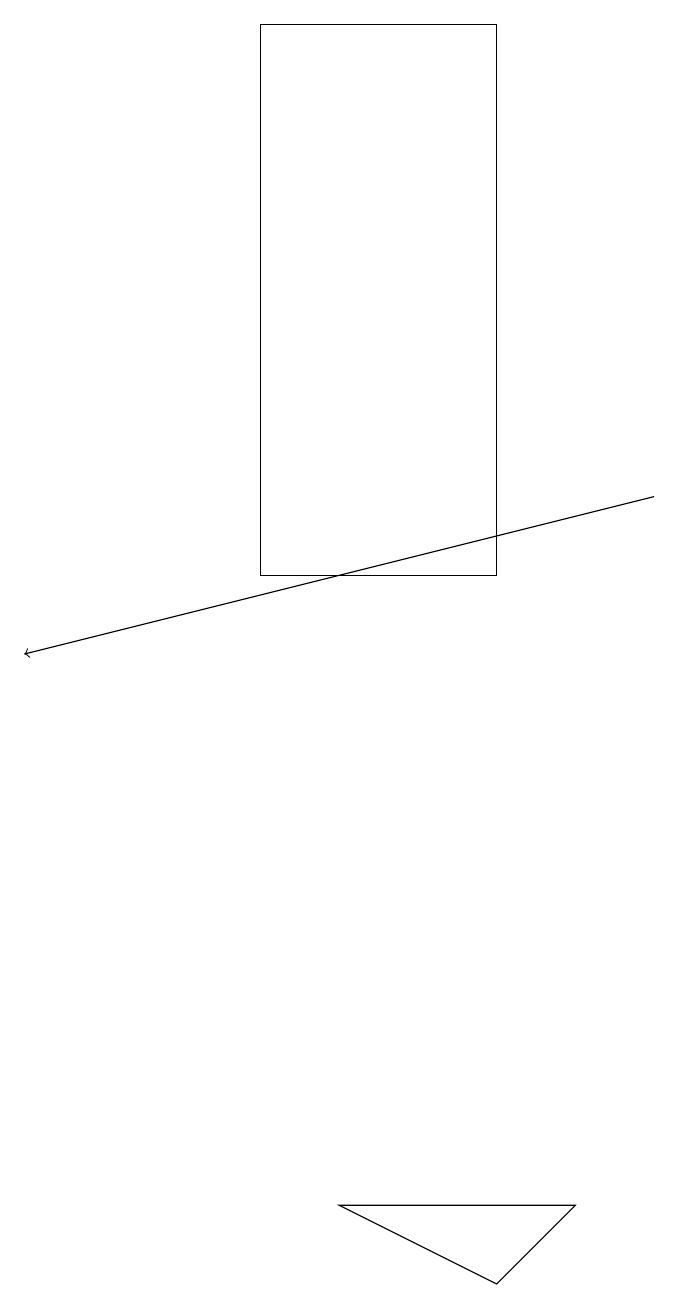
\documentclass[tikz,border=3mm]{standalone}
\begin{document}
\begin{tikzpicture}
\draw (4,12) rectangle (7,19);
\draw[->] (9,13) -- (1,11);
\draw (5,4) -- (8,4) -- (7,3) -- cycle;
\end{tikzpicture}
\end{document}